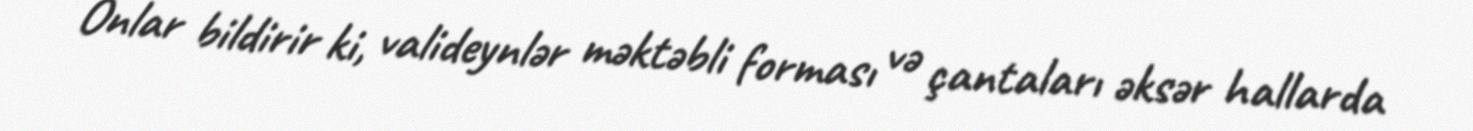
Onlar bildirir ki, valideynlər məktəbli forması və çantaları əksər hallarda